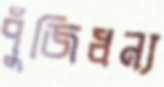
পুঁজিধন্য